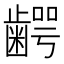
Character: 𮯋